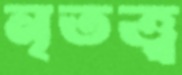
নৃতত্ত্ব